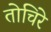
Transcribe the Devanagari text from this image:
तोचिरे